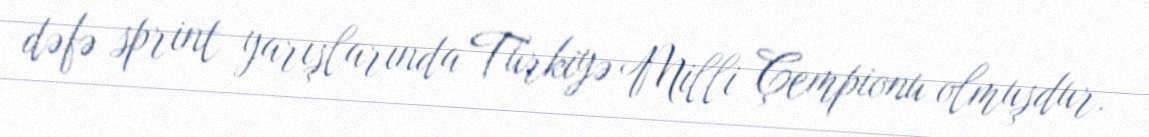
dəfə sprint yarışlarında Türkiyə Milli Çempionu olmuşdur.